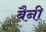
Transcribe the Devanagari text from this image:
बैनी